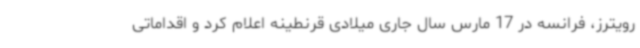
رویترز، فرانسه در 17 مارس سال جاری میلادی قرنطینه اعلام کرد و اقداماتی